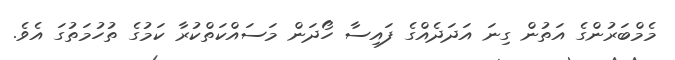
މެމްބަރުންގެ އަތުން ގިނަ އަދަދެއްގެ ފައިސާ ހޯދަން މަސައްކަތްކުރާ ކަމުގެ ތުހުމަތުގަ އެވެ.